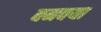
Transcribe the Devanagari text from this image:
बनवया